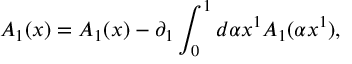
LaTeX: { \cal A } _ { 1 } ( x ) = A _ { 1 } ( x ) - \partial _ { 1 } \int _ { 0 } ^ { 1 } { d \alpha } x ^ { 1 } A _ { 1 } ( \alpha x ^ { 1 } ) ,